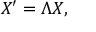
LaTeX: X ^ { \prime } = \Lambda X ,